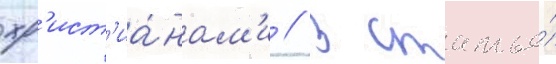
хр'ист'иа́нам'и // В статье́